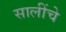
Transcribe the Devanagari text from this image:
सालींचे